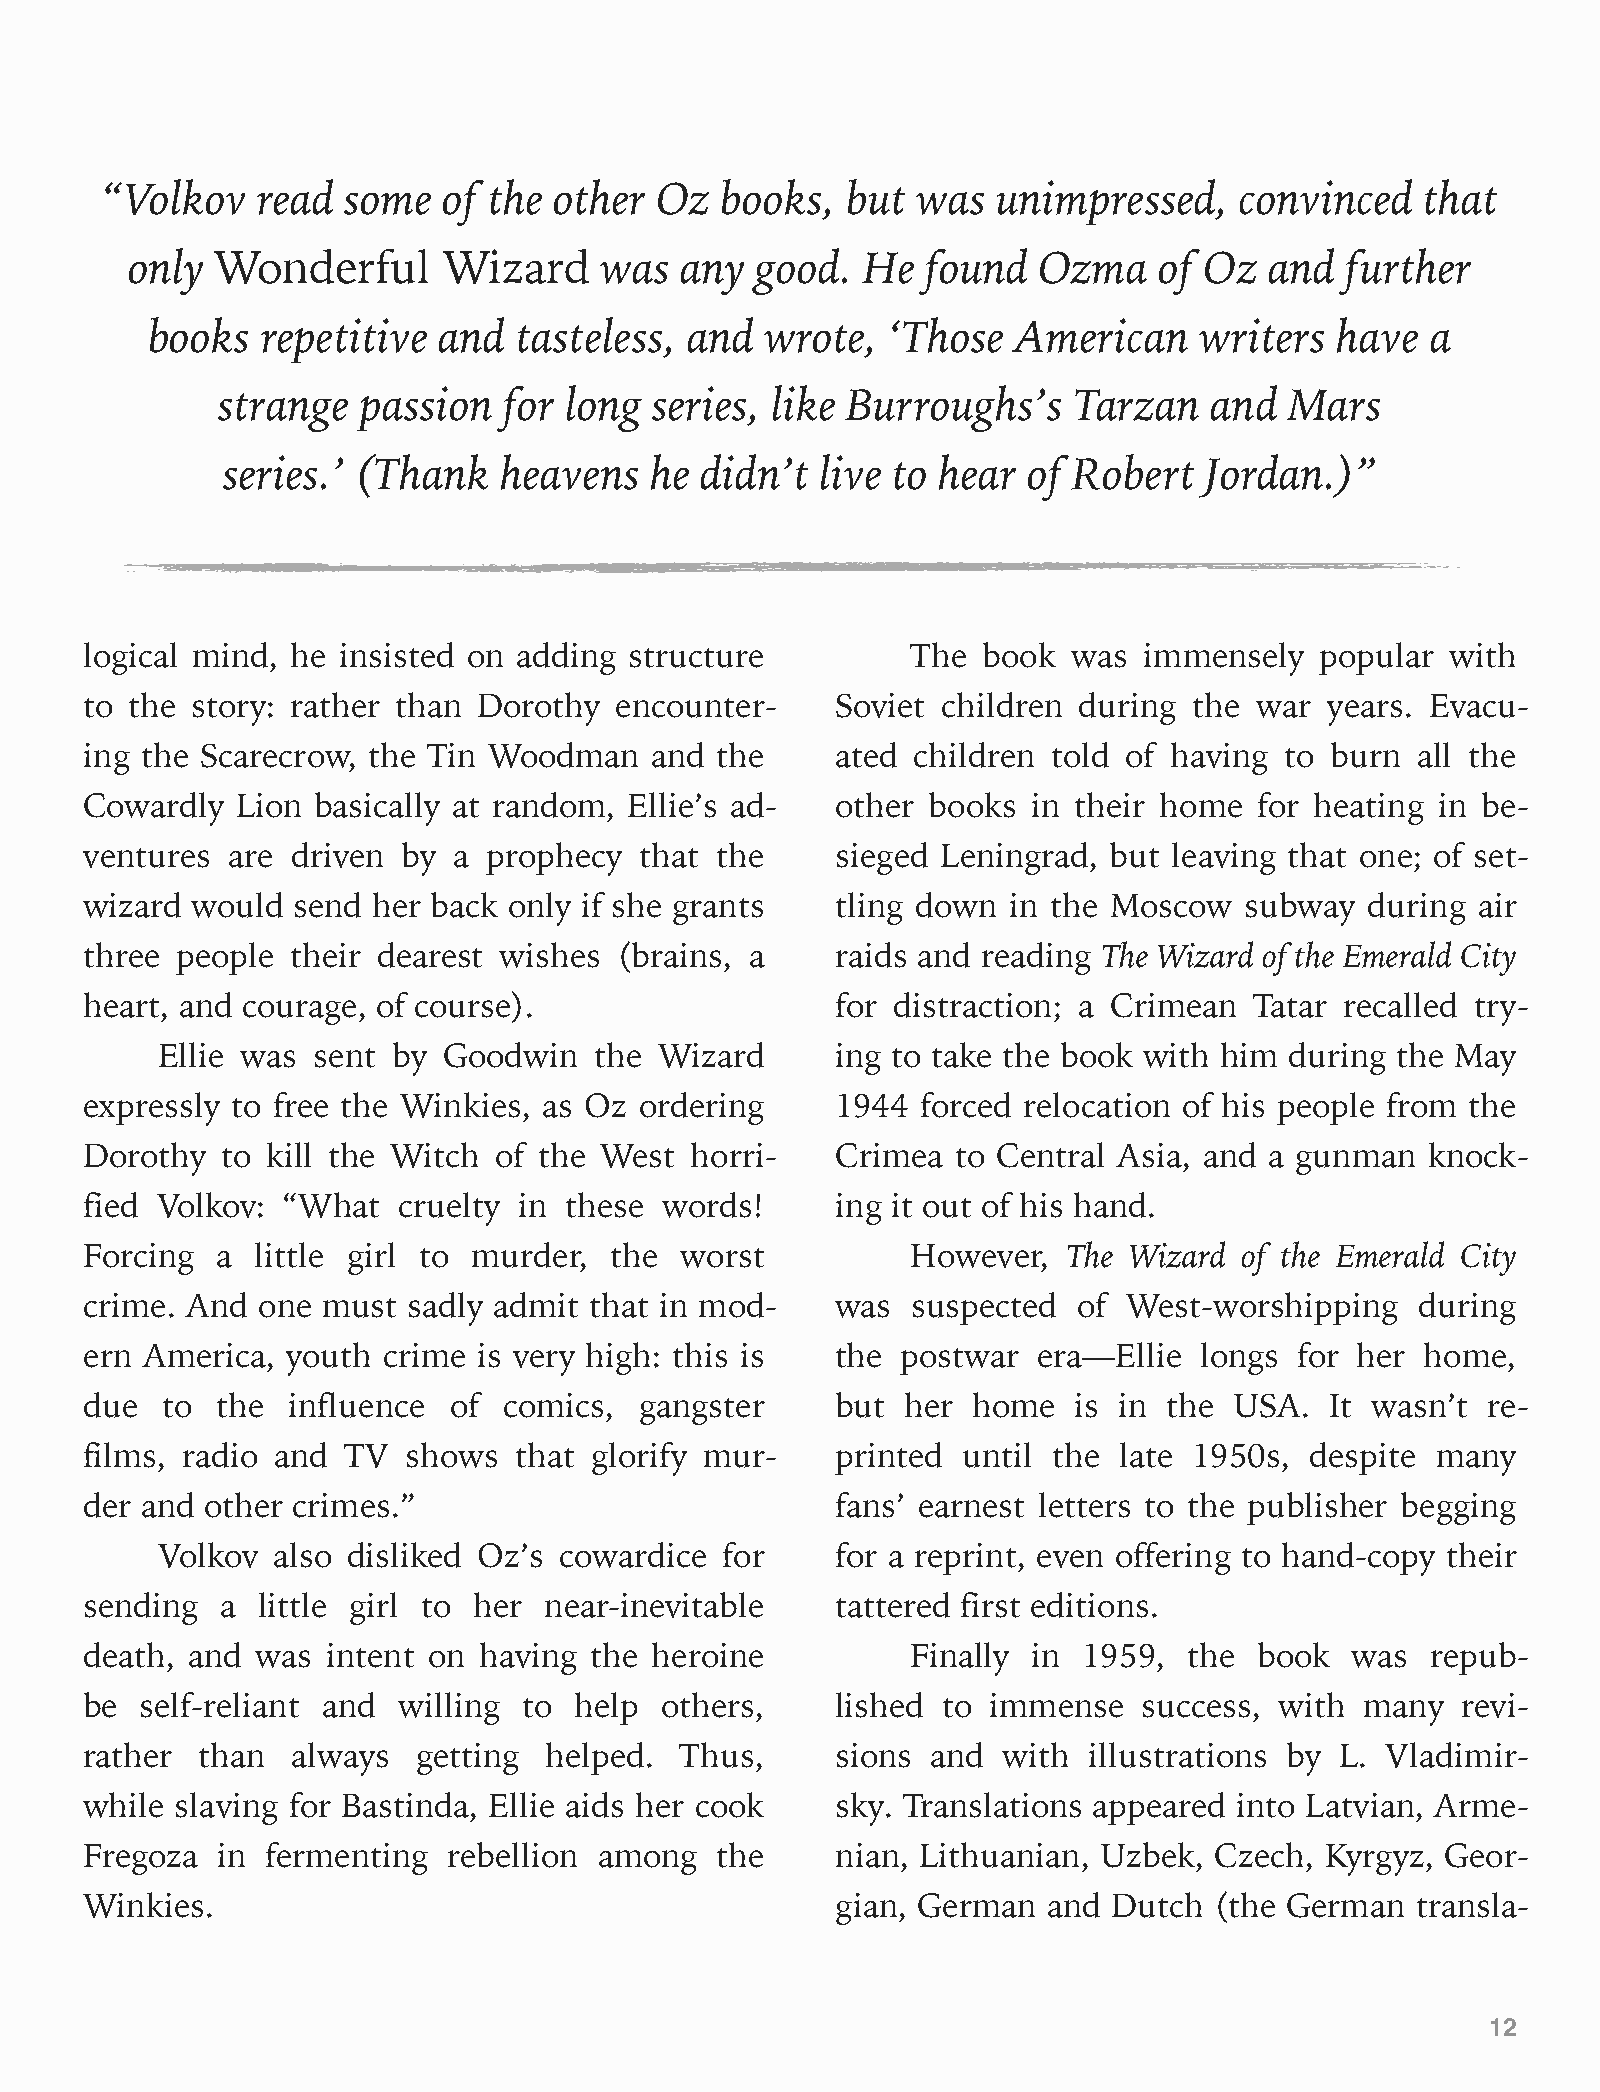
“Volkov   read  some  of the  other Oz   books,  but  was  unimpressed,    convinced   that
 only  Wonderful      Wizard     was  any  good.  He  found   Ozma    of Oz  and  further
 books  repetitive  and  tasteless, and   wrote,  ‘Those  American    writers   have  a
 strange   passion  for long  series, like Burroughs’s    Tarzan   and  Mars
 series.’ (Thank   heavens   he didn’t  live to hear  of Robert   Jordan.)”
 logical mind, he insisted on adding structure         The  book  was  immensely  popular  with
 to the story: rather than Dorothy  encounter-    Soviet children during  the war  years. Evacu-
 ing the Scarecrow, the Tin Woodman   and the     ated  children told of having to burn  all the
 Cowardly  Lion basically at random, Ellie’s ad-  other books  in their home  for heating in be-
 ventures are driven  by a prophecy  that the     sieged Leningrad, but  leaving that one; of set-
 wizard would send  her back only if she grants   tling down  in the Moscow  subway   during air
 three people their dearest wishes  (brains, a    raids and reading The Wizard of the Emerald City
 heart, and courage, of course).                  for distraction; a Crimean  Tatar recalled try-
 Ellie was  sent by Goodwin   the  Wizard     ing to take the book with him during the May
 expressly to free the Winkies, as Oz ordering    1944  forced relocation of his people from the
 Dorothy  to kill the Witch of the West  horri-   Crimea  to Central Asia, and a gunman   knock-
 fied Volkov: “What  cruelty in these  words!     ing it out of his hand.
 Forcing a  little girl to murder, the  worst          However,   The Wizard of the Emerald City
 crime. And one must  sadly admit that in mod-    was  suspected  of  West-worshipping   during
 ern America, youth crime  is very high: this is  the  postwar  era—Ellie longs  for her home,
 due  to the  influence  of comics,  gangster     but  her home   is in the  USA.  It wasn’t re-
 films, radio and TV  shows  that glorify mur-    printed  until the late 1950s,  despite many
 der and other crimes.”                           fans’ earnest letters to the publisher begging
 Volkov  also disliked Oz’s cowardice  for    for a reprint, even offering to hand-copy their
 sending  a little girl to her near-inevitable    tattered first editions.
 death, and was  intent on having the heroine          Finally in  1959,  the book   was  repub-
 be self-reliant and willing  to help  others,    lished to immense    success, with many   revi-
 rather than  always   getting helped.  Thus,     sions  and with  illustrations by L. Vladimir-
 while slaving for Bastinda, Ellie aids her cook  sky. Translations appeared into Latvian, Arme-
 Fregoza in  fermenting  rebellion among  the     nian, Lithuanian, Uzbek, Czech,  Kyrgyz, Geor-
 Winkies.                                         gian, German  and  Dutch (the German   transla-
 12